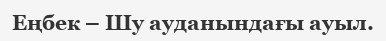
Еңбек – Шу ауданындағы ауыл.